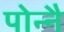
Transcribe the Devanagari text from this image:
पोन्नै